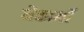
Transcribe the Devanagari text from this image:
मैकार्थों